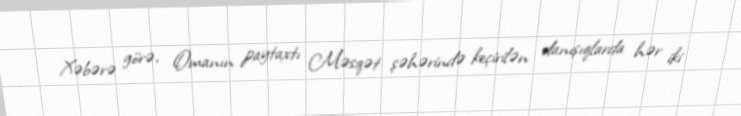
Xəbərə görə, Omanın paytaxtı Məsqət şəhərində keçirilən danışıqlarda hər iki